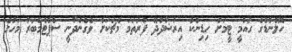
ހޮލެންޑްގެ ގައުމީ ޓީމަށް ހިޑިންކް އިރުޝާދުދޭ ފުރަތަމަ މެޗަކަށް ވެގެންދާނީ ސެޕްޓެމްބަރު މަހުގެ